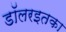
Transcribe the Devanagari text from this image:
डॉलरइतका